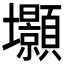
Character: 𭐐